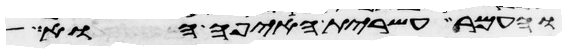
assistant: והעמר עשירת האיפה הוא